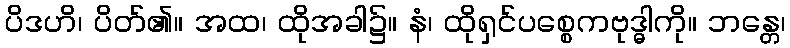
ပိဒဟိ၊ ပိတ်၏။ အထ၊ ထိုအခါ၌။ နံ၊ ထိုရှင်ပစ္စေကဗုဒ္ဓါကို။ ဘန္တေ၊